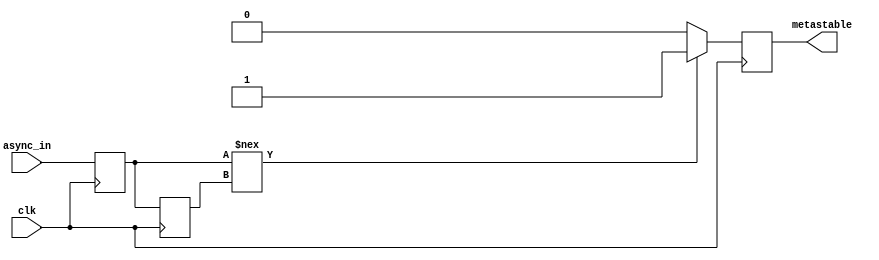
module metastability_detector (
    input wire clk,          // Clock input
    input wire async_in,     // Asynchronous input signal
    output reg metastable    // Metastability output signal
);

    // Internal signals for the flip-flops
    reg ff1_out;             // Output of the first flip-flop
    reg ff2_out;             // Output of the second flip-flop

    // Flip-flop for sampling the asynchronous input
    always @(posedge clk) begin
        ff1_out <= async_in; // Sample async_in on clock edge
    end

    // Flip-flop for capturing the output of the first flip-flop
    always @(posedge clk) begin
        ff2_out <= ff1_out;   // Sample ff1_out on clock edge
    end

    // Metastability detection logic
    always @(posedge clk) begin
        if (ff1_out !== ff2_out) begin
            metastable <= 1'b1; // Indicate metastability detected
        end else begin
            metastable <= 1'b0; // No metastability detected
        end
    end

endmodule